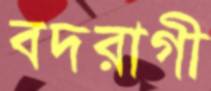
বদরাগী